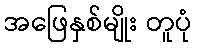
အဖြေနှစ်မျိုး တူပုံ